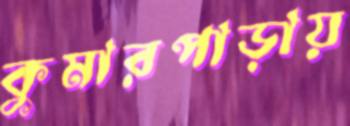
কুমারপাড়ায়